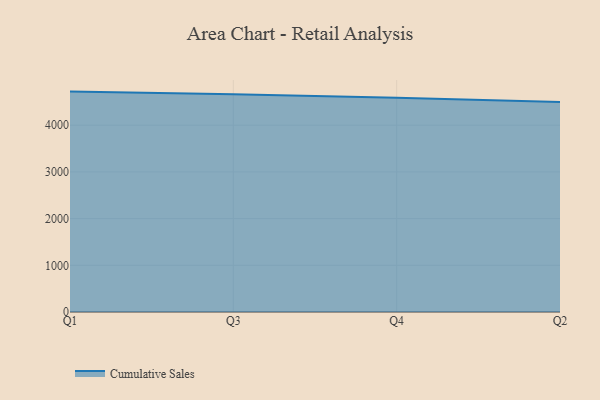
{"axis": {"x": "Quarter", "y": "Backlog"}, "legend": ["Cumulative Sales"], "data": [{"x": "Q1", "y": 4719.1, "type": "Cumulative Sales"}, {"x": "Q3", "y": 4660.7, "type": "Cumulative Sales"}, {"x": "Q4", "y": 4585.3, "type": "Cumulative Sales"}, {"x": "Q2", "y": 4494.8, "type": "Cumulative Sales"}]}